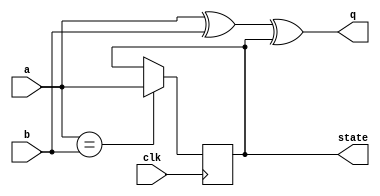
module top_module (
    input clk,
    input a,
    input b,
    output q,
    output state  );
    
    always @(posedge clk) begin
        if (a == b)
            state <= a;
    end
    
    assign q = a^b^state;
    

endmodule